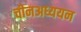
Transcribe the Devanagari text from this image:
चीनअध्ययन